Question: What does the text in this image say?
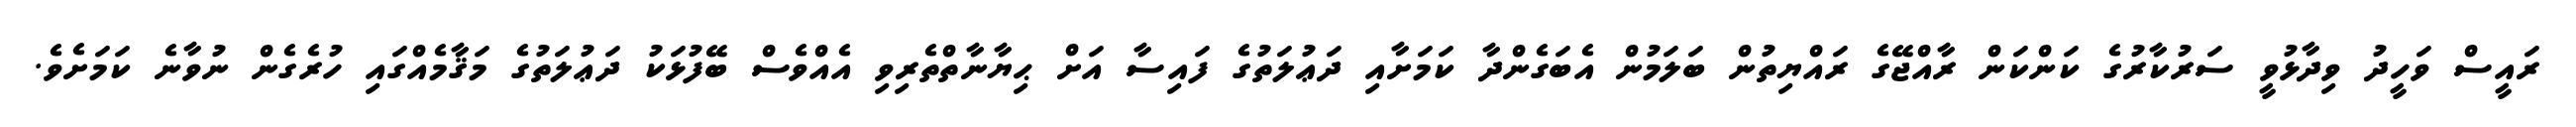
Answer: ރައީސް ވަހީދު ވިދާޅުވީ ސަރުކާރުގެ ކަންކަން ރާއްޖޭގެ ރައްޔިތުން ބަލަމުން އެބަގެންދާ ކަމަށާއި ދަޢުލަތުގެ ފައިސާ އަށް ޙިޔާނާތްތެރިވި އެއްވެސް ބޭފުޅަކު ދަޢުލަތުގެ މަޤާމެއްގައި ހުރެގެން ނުވާނެ ކަމަށެވެ.